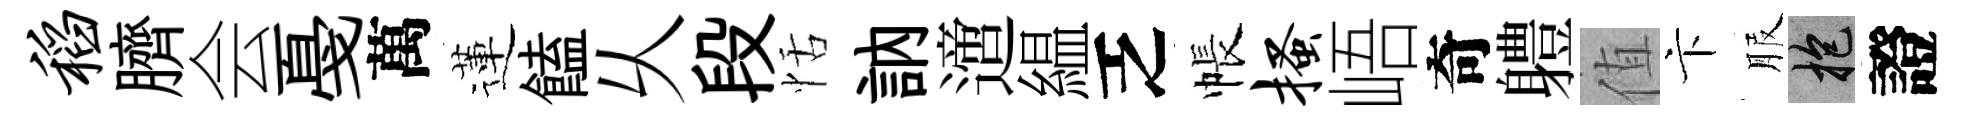
稻臍会戞萬蓮饁乆段恬訥𨗁緼乏帳搔峿奇軆值卞服抱證